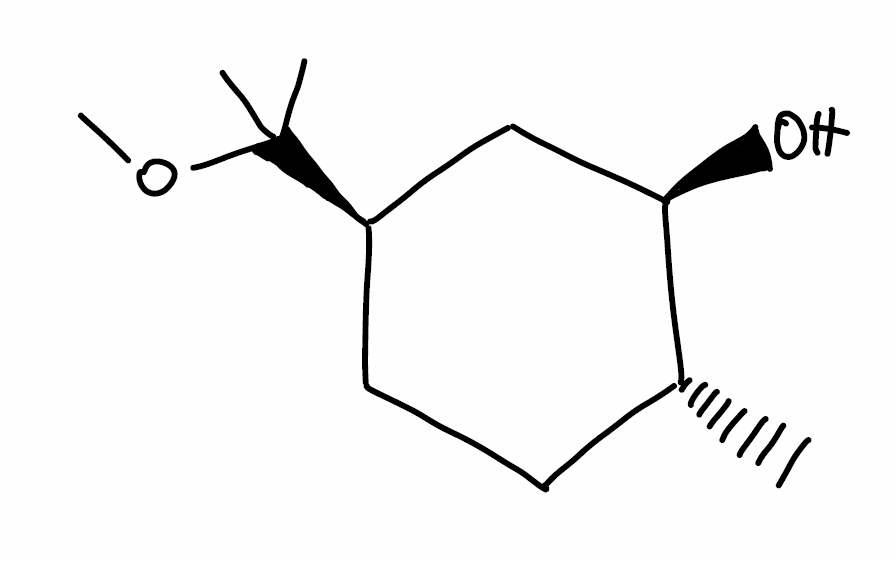
Simplified molecular-input line-entry system (SMILES) notation of the given molecule:
C[C@@H]1CC[C@H](C[C@H]1O)C(C)(C)OC